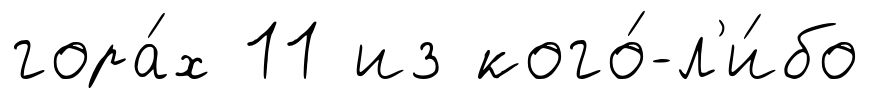
гора́х 11 из кого́-л'и́бо